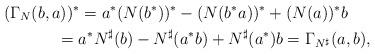
LaTeX: \begin{gather*}(\Gamma_N(b,a))^*=a^*(N(b^*))^*-(N(b^*a))^*+(N(a))^*b\\\hphantom{(\Gamma_N(b,a))^*}{}=a^*N^\sharp(b)-N^\sharp(a^*b)+N^\sharp(a^*)b=\Gamma_{N^\sharp}(a, b),\end{gather*}